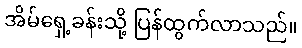
အိမ်ရှေ့ခန်းသို့ ပြန်ထွက်လာသည်။